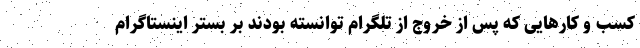
کسب و کارهایی که پس از خروج از تلگرام توانسته بودند بر بستر اینستاگرام